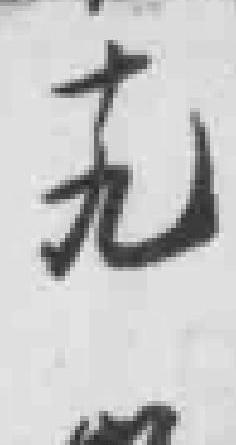
十九